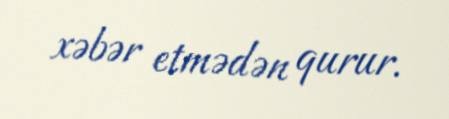
xəbər etmədən qurur.